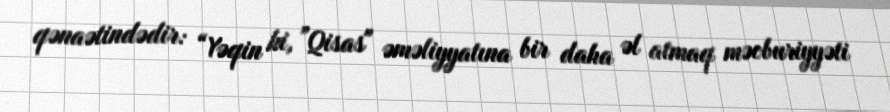
qənaətindədir: “Yəqin ki, ”Qisas" əməliyyatına bir daha əl atmaq məcburiyyəti